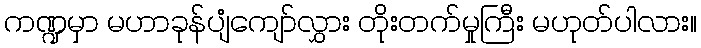
ကဏ္ဍမှာ မဟာခုန်ပျံကျော်လွှား တိုးတက်မှုကြီး မဟုတ်ပါလား။